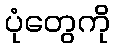
ပုံတွေကို